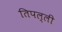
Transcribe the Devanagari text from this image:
तिपल्ली